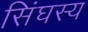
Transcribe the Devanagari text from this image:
सिंघस्य